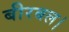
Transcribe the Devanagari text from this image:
बीरबल।